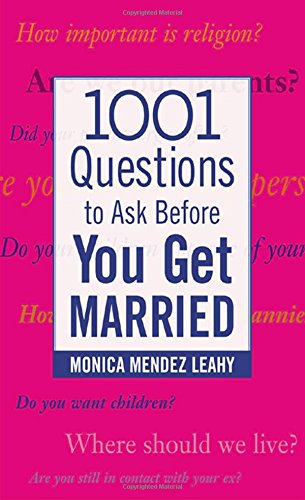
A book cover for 1001 Questions to Ask Before You Get Married; Monica Mendez Leahy; Self-Help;